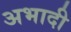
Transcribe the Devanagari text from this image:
अभादी